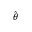
\scriptstyle { \hat { \theta } }